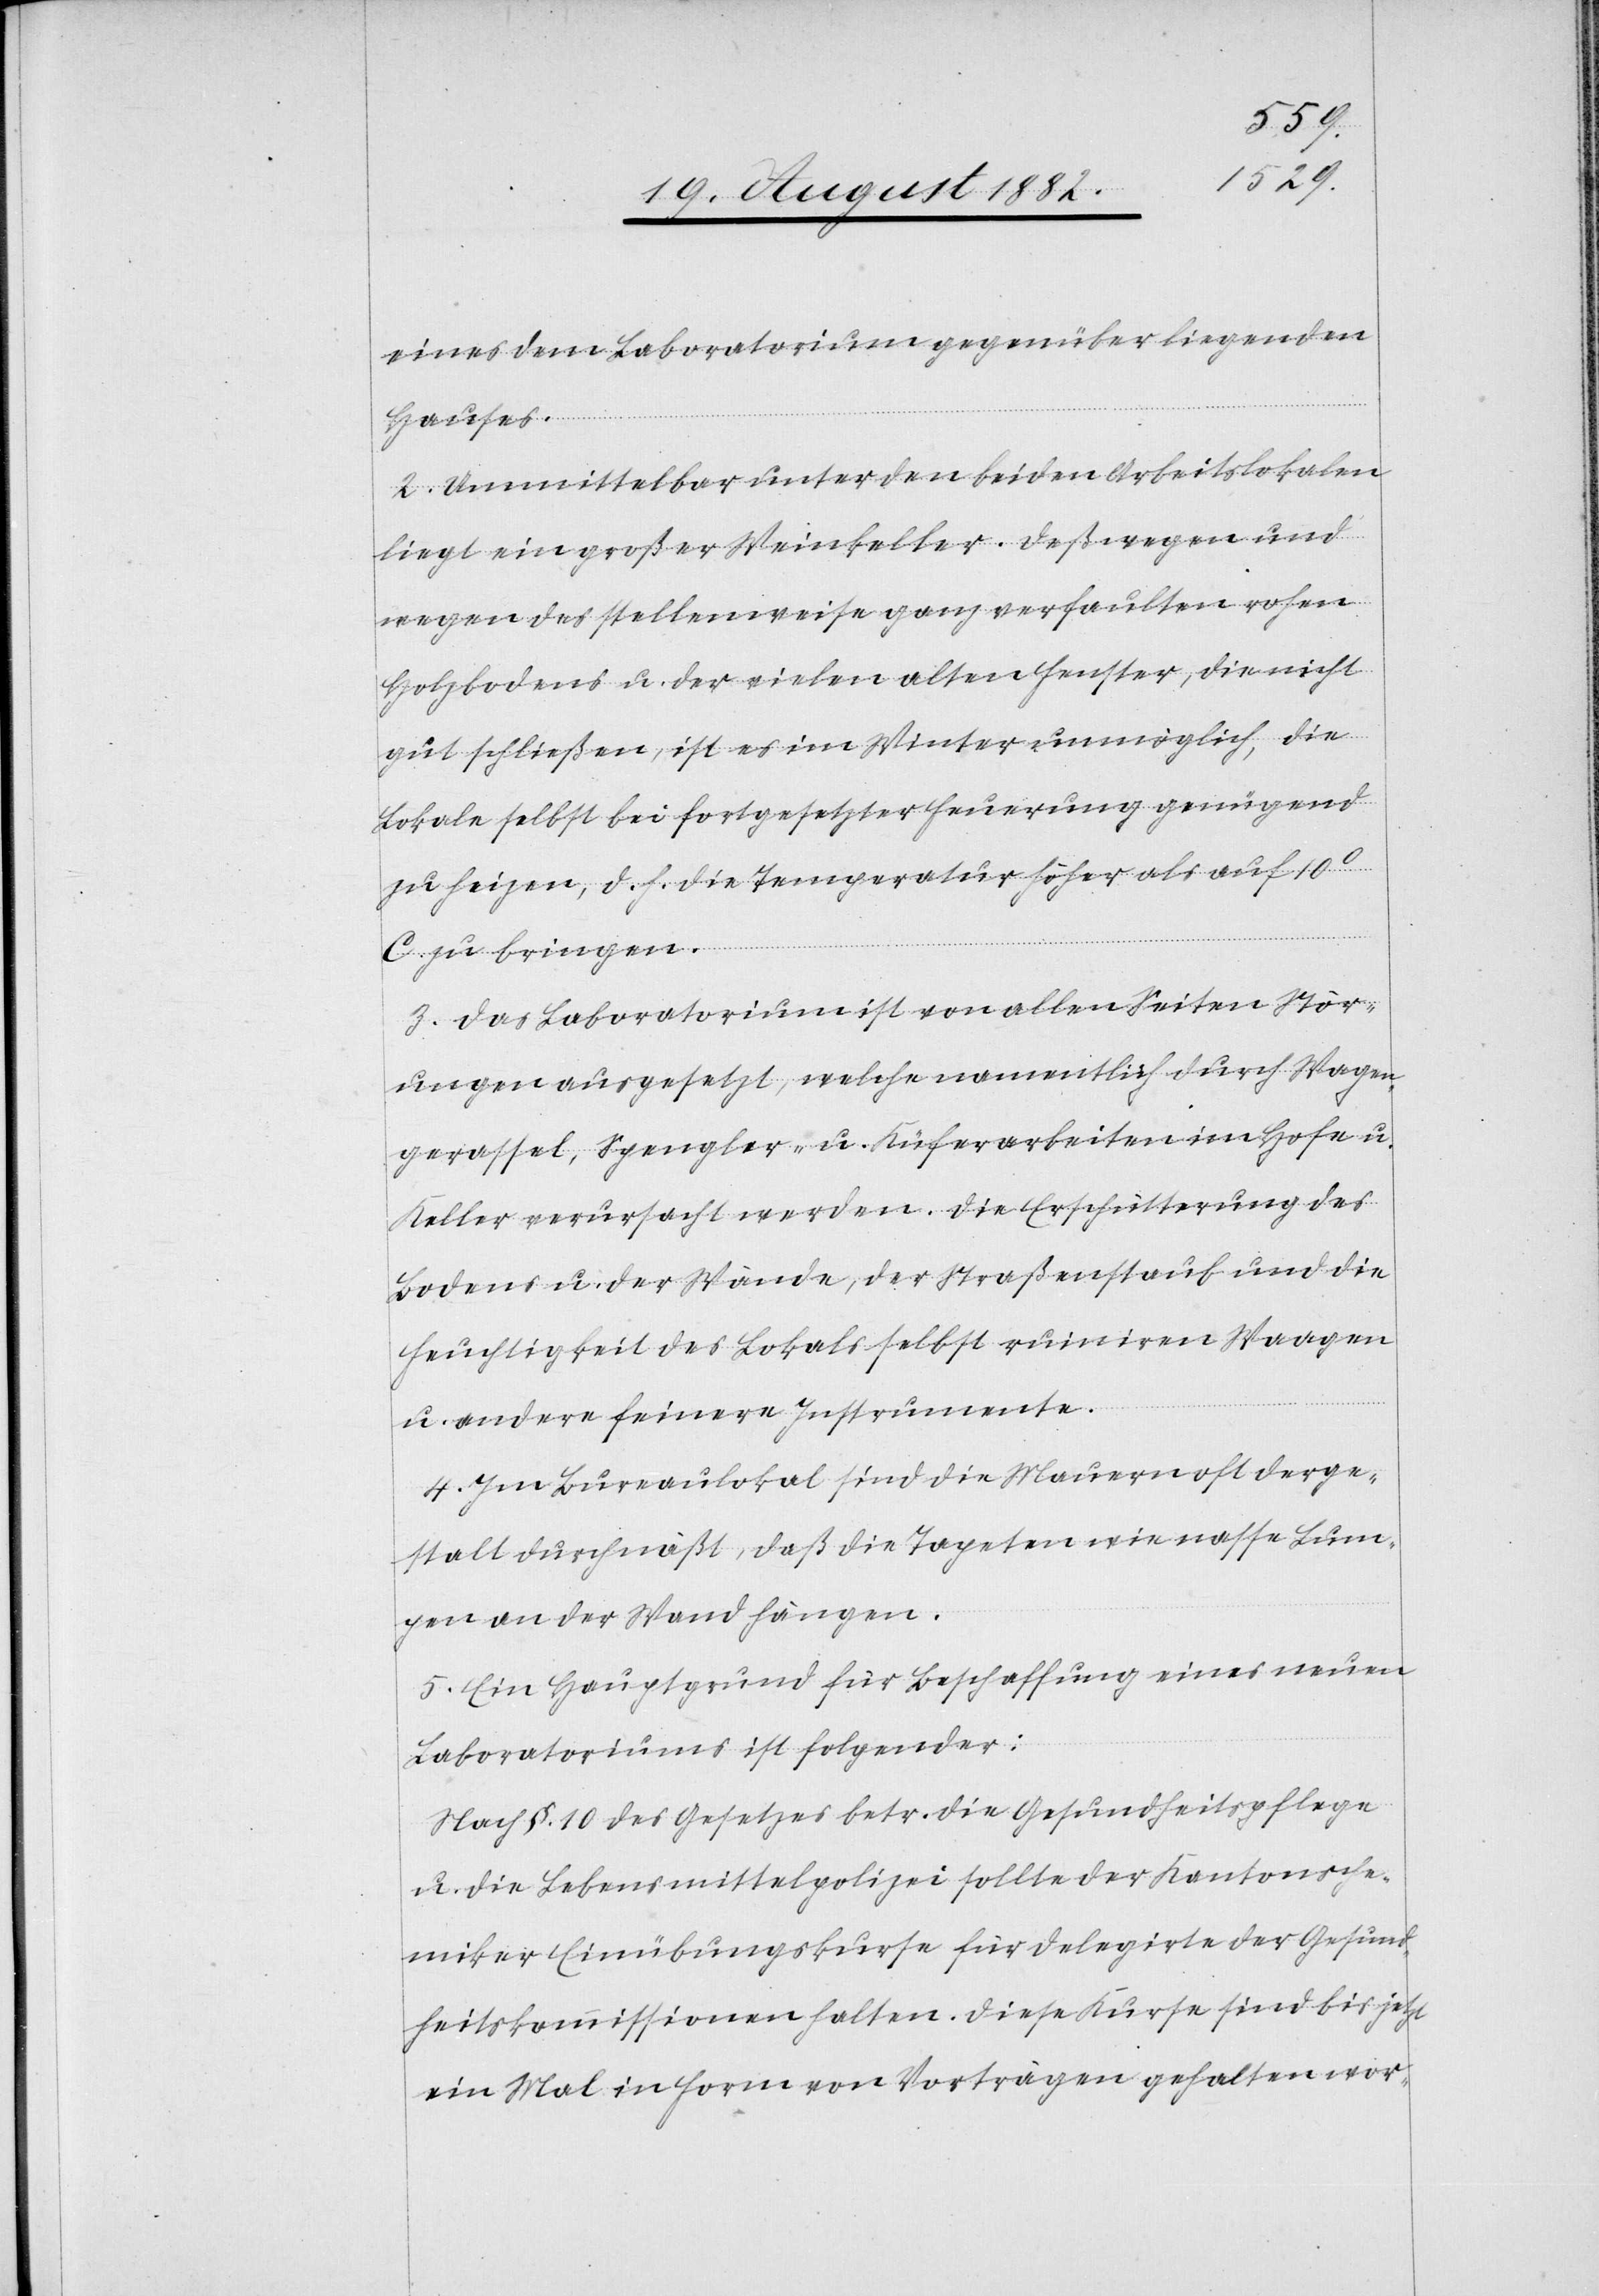
eines dem Laboratorium gegenüber liegenden
Hauses.
2. Unmittelbar unter den beiden Arbeitslokalen
liegt ein großer Weinkeller. Deßwegen und
wegen des stellenweise ganz verfaulten rohen
Holzbodens u. der vielen alten Fenster, die nicht
gut schließen, ist es im Winter unmöglich, die
Lokale selbst bei fortgesetzter Feuerung genügend
zu heizen, d. h. die Temperatur höher als auf 10
C zu bringen.
3. Das Laboratorium ist von allen Seiten Stör¬
ungen ausgesetzt, welche namentlich durch Wagen¬
gerassel, Spengler- u. Küferarbeiten im Hofe u.
Keller verursacht werden. Die Erschütterung des
Bodens u. der Wände, der Straßenstaub und die
Feuchtigkeit des Lokals selbst ruiniren Waagen
u. andere feinere Instrumente.
4. Im Bureaulokal sind die Mauern oft derge¬
stalt durchnäßt, daß die Tapeten wie nasse Lum¬
pen an der Wand hängen.
5. Ein Hauptgrund für Beschaffung eines neuen
Laboratoriums ist folgender:
Nach §. 10 des Gesetzes betr. die Gesundheitspflege
u. die Lebensmittelpolizei sollte der Kantonsche¬
miker Einübungskurse für Delegirte der Gesund¬
heitskommissionen halten. Diese Kurse sind bis jetzt
ein Mal in Form von Vorträgen gehalten wor-